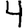
Digit: 4